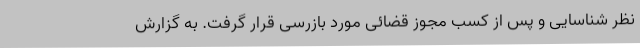
نظر شناسایی و پس از کسب مجوز قضائی مورد بازرسی قرار گرفت. به گزارش